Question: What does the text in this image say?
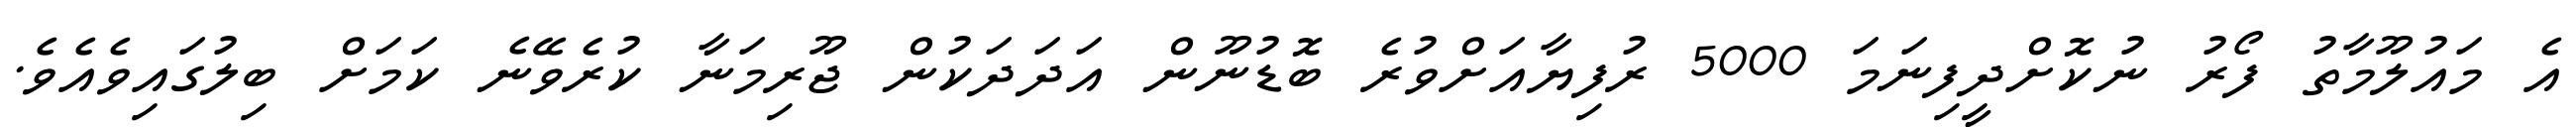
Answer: އެ މައުލޫމާތު ފޯރު ނުކޮށްދީފިނަމަ 5000 ރުފިޔާއަށްވުރެ ބޮޑުނޫން އަދަދަކުން ޖޫރިމަނާ ކުރެވޭނެ ކަމަށް ބިލުގައިވެއެވެ.